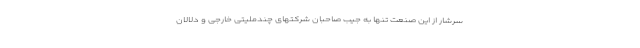
سرشار از این صنعت تنها به جیب صاحبان شرکتهای چندملیتی خارجی و دلالان